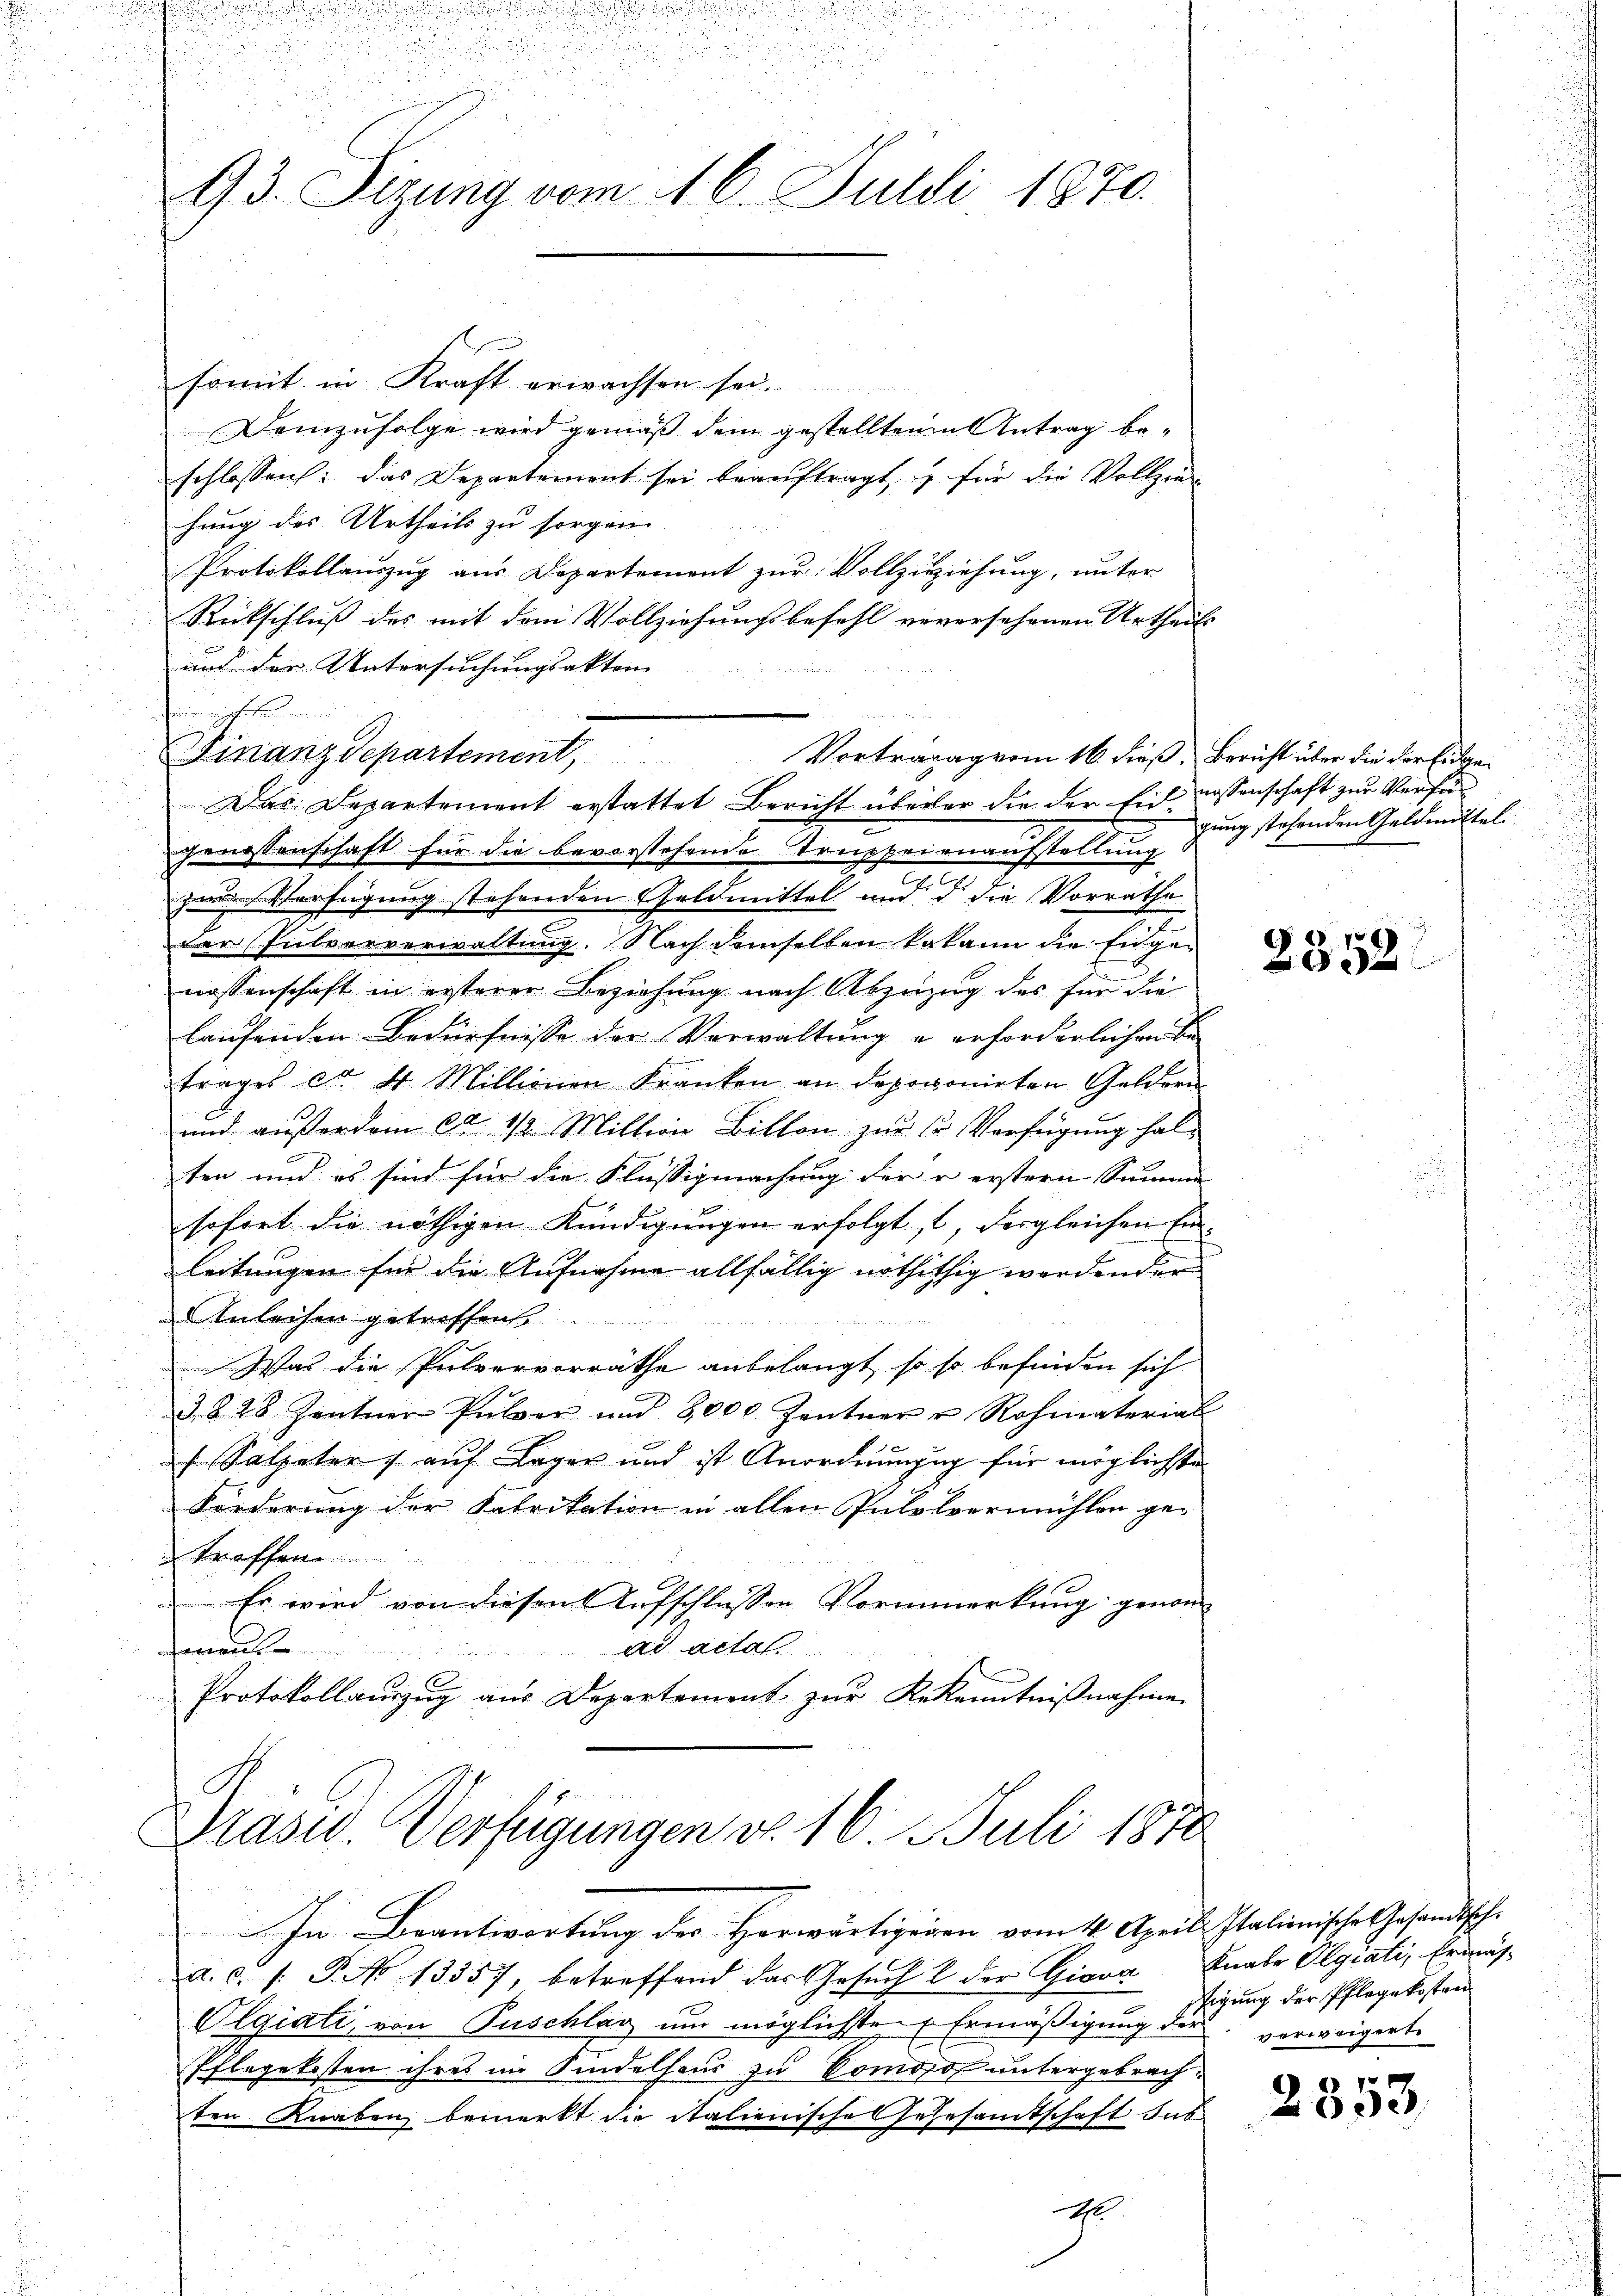
.

.

93. Sizung vom 16. Juli 1870.

unerschobenen von der
Finanzdepartement,

somit in Kraft erwachsen sei.
demzufolge wird gemäß dem gestelltene Antrag beschlossen: das Departement sei beaŭftragt, & für die Vollzie-
hung des Urtheils zu sorgen
Protokollauszug aus Departement zur Vollzuziehung, unter
Rückschluß des mit dem Vollziehungsbefehl verersehenen Urtheils
und der Untersuchungsakten
genossenschaft für die bevorstehende Truppeienaufstellung
zur Verfügung stehenden Geldmittel und d. die Vorräthe
e
der (Eulvorverwaltŭng. Nach demselben kakann die Eingenossenschaft in ersterer Beziehung nach Abzuzug des für die
laufenden Bedürfnisse der Verwaltung u. erforderlichen Se
trages et St. Millionen Kranken an depoponirten Geldern
und außerdem ca 1/2. Milline Billon zur Er Verfügung halten und es sind für die Flüssigmachung der u. erstern Summe
sofort die nöthigen Kündigungen erfolgt, 1, dergleichen Ein-
leitungen für die Aufnahme allfällig nothithig werdender
Anleihen getroffend

Was die Pulvervorräthe anbelangt, so so befinden sich
3. 828. Zentner Pulver und 8000 Zentner u Rohmaterial
sn Salpeter auf Lager und ist Anordnungen für möglichte
Forderung der Fabrikation in allen Pulolvermühlen ge-
traffen
Es wird von diesen Aufschlussen Vormerkung genom- |
Einen
ad actal.
Protokollaŭszŭg aŭs Departement zŭr Bekenntniβnahme

Drasid. Verfügungen do. 16. Juli 1878

Vortragag vom 16. dieß, Bericht über die der Erdan¬
Das Departement erstattet Bericht überler die der Ein nassenschaft zur Verfü¬

gung stehenden Geldmittel

In Beantwortung des Horwärtigenen vom 14. April. Italienische Gesandtsche
a. c. s. P. No 13357, betreffend das Gesŭch  der Giova Knabe Algiati, Ermäs-
Olgiati, von Puschlag um möglichste Ermäßigung der verweigerte
Pflegekosten ihres im Kindelhaus zu Vomoso untergebrachten Knaben, bemerkt die italienische sehrsamtschaft das
A

2352

tigung der Pflegekosten

2353.